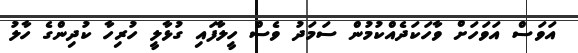
އަވަސް އަވަހަށް ވާހަކަދެއްކުމުން ސަމަދު ވެސް ހީލާފައި ގުޅާލީ ހުރިހާ ކުދިންގެ ހާލު